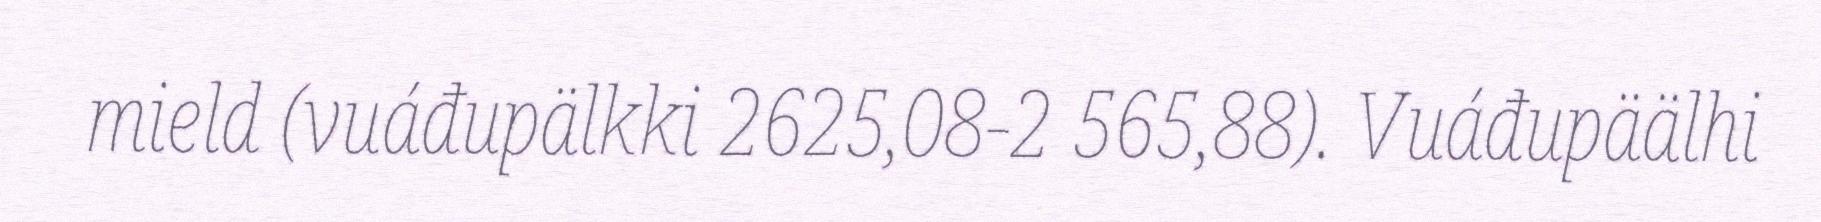
mield (vuáđupälkki 2625,08-2 565,88). Vuáđupäälhi